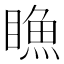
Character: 䁩